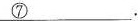
\underline{⑦}.